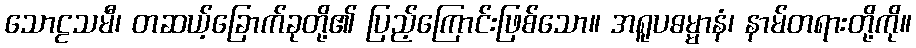
သောဠသမီ၊ တဆယ့်ခြောက်ခုတို့၏ ပြည့်ကြောင်းဖြစ်သော။ အရူပဓမ္မာနံ၊ နာမ်တရားတို့ကို။